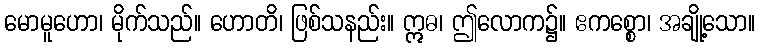
မောမူဟော၊ မိုက်သည်။ ဟောတိ၊ ဖြစ်သနည်း။ ဣဓ၊ ဤလောက၌။ ဧကစ္စော၊ အချို့သော။